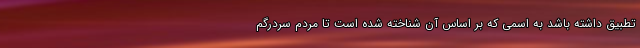
تطبیق داشته باشد به اسمی که بر اساس آن شناخته شده است تا مردم سردرگم